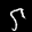
Label: 5